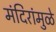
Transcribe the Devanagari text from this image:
मंदिरांमुळे